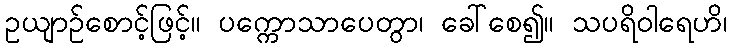
ဥယျာဉ်စောင့်ဖြင့်။ ပက္ကောသာပေတွာ၊ ခေါ်စေ၍။ သပရိဝါရေဟိ၊